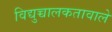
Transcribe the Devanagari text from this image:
विद्युच्चालकतावाले